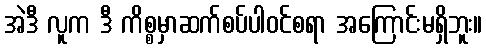
အဲဒီ လူက ဒီ ကိစ္စမှာဆက်စပ်ပါဝင်စရာ အကြောင်းမရှိဘူး။